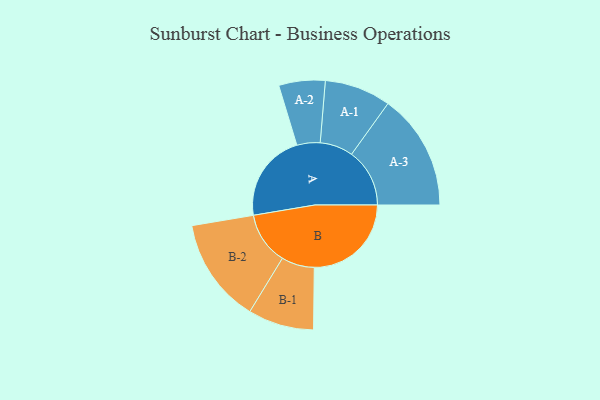
{"axis": {"x": "Segment", "y": "Value"}, "legend": ["", "A", "B"], "data": [{"x": "A", "y": 443, "type": ""}, {"x": "B", "y": 486, "type": ""}, {"x": "A-1", "y": 166, "type": "A"}, {"x": "A-2", "y": 116, "type": "A"}, {"x": "A-3", "y": 291, "type": "A"}, {"x": "B-1", "y": 165, "type": "B"}, {"x": "B-2", "y": 263, "type": "B"}]}